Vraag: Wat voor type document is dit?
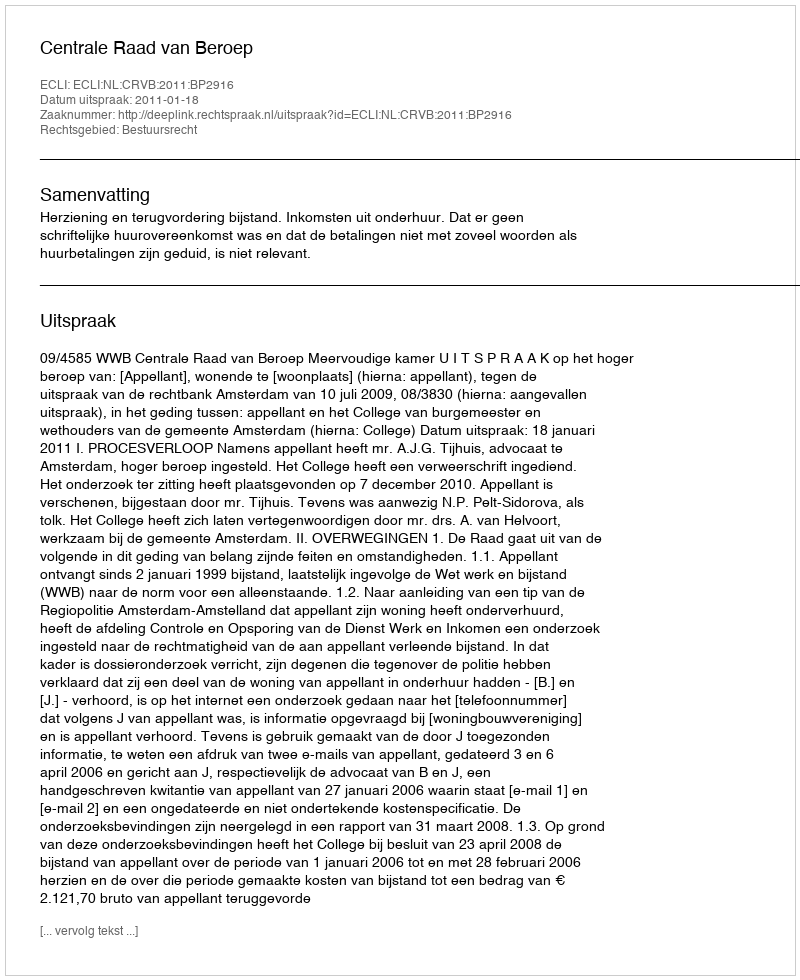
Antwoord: Uitspraak